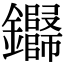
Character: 𬬢